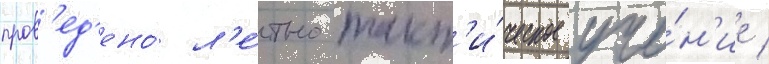
пров'ед'ено́ л'е́тно-такт'и́ческое уче́н'ие /